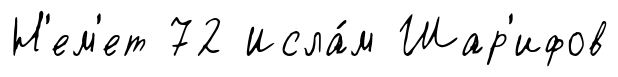
Н'ем'ет 72 Исла́м Шар'ифов